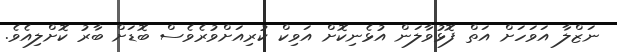
ނަޒްލާ އަވަހަށް އަތް ފޮޅުވާލަން އުޅެނިކޮށް އަވިކް ކުރިއަށްވުރެވެސް ބޮޑަށް ބާރު ކޮށްލިއެވެ.